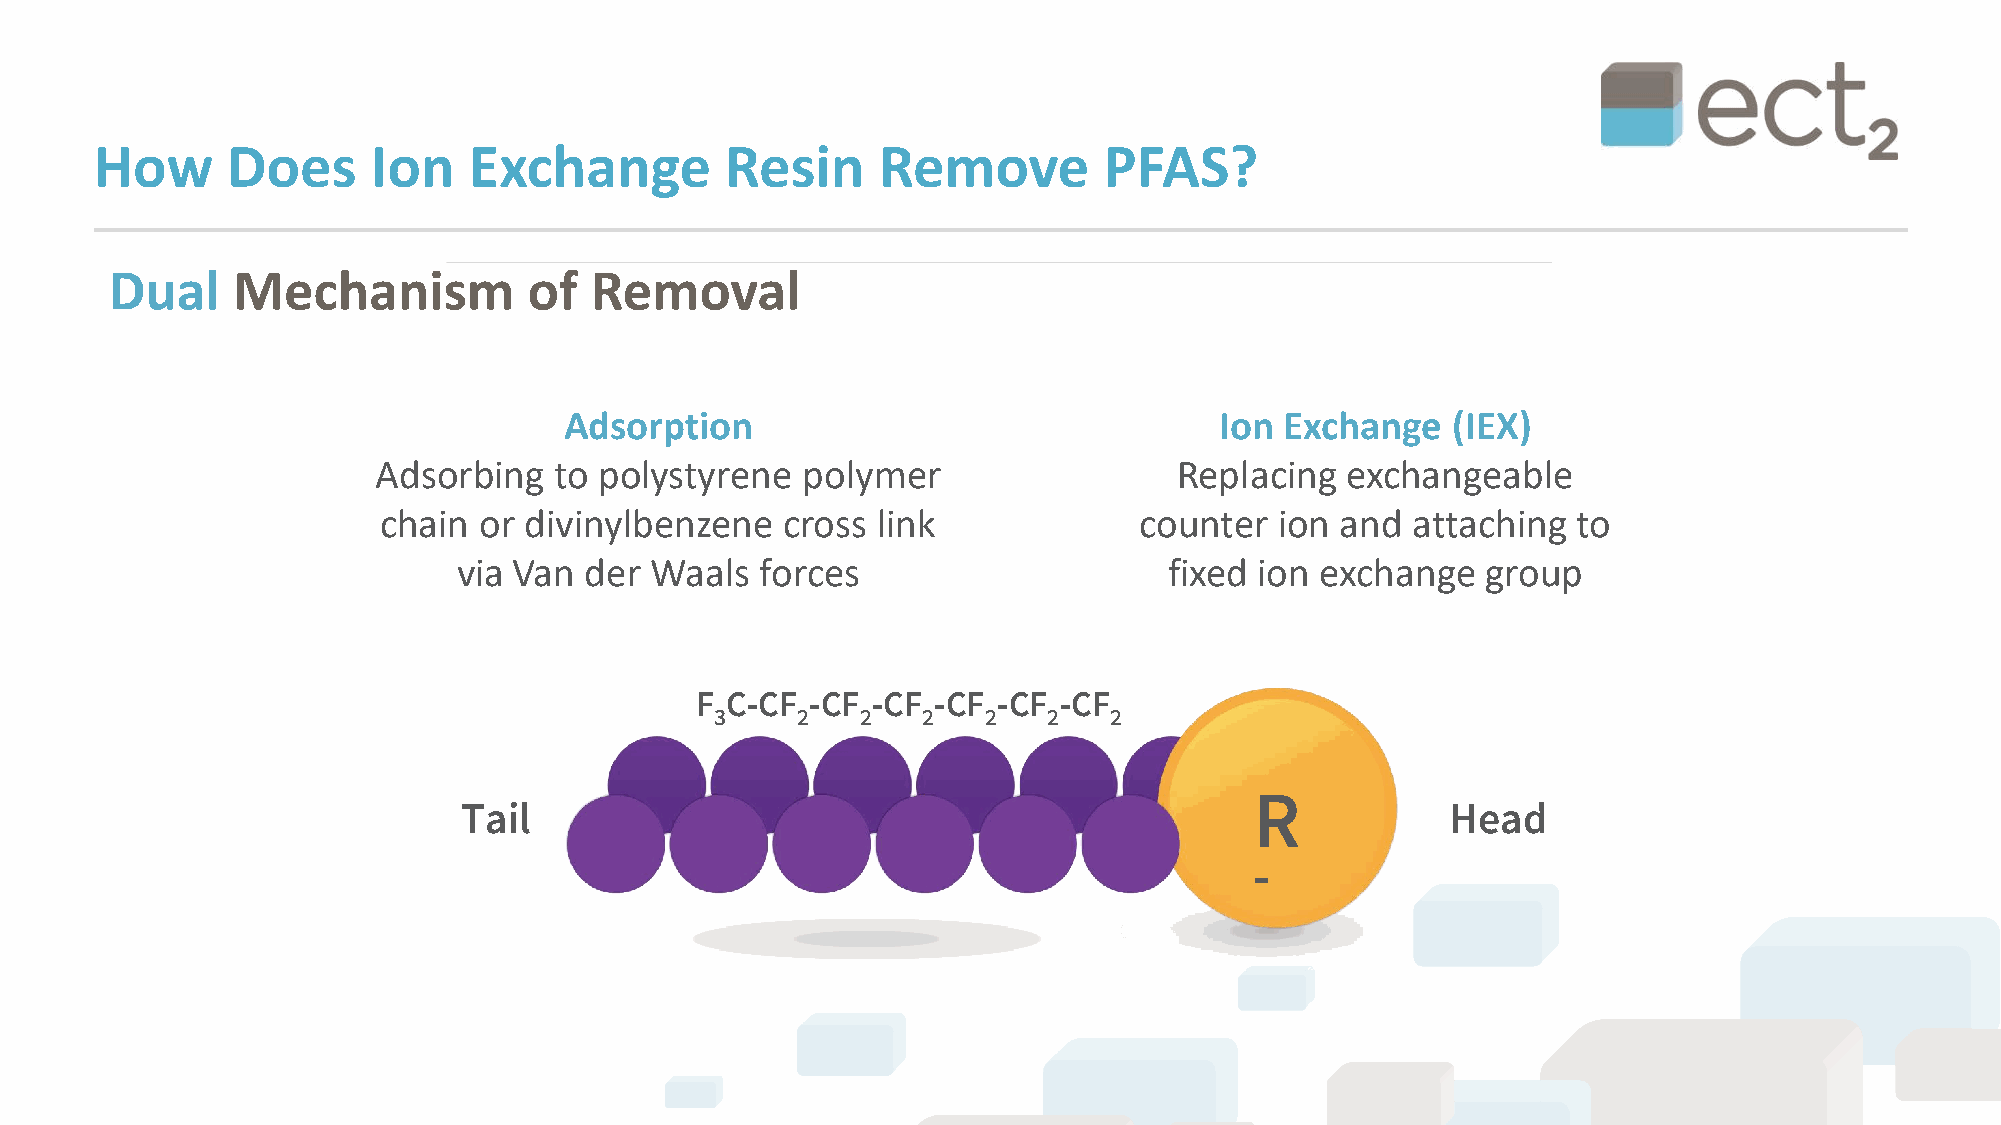
How      Does      Ion   Exchange         Resin     Remove         PFAS?
 Dual    Mechanism           of  Removal
 Adsorption                                  Ion Exchange   (IEX)
 Adsorbing   to polystyrene  polymer                  Replacing  exchangeable
 chain  or divinylbenzene   cross link             counter   ion and attaching  to
 via Van  der Waals  forces                     fixed ion exchange   group
 F C-CF  -CF -CF -CF -CF -CF
 3     2   2   2   2   2   2
 R
 Tail                                                             Head
 -